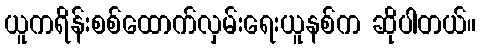
ယူကရိန်းစစ်ထောက်လှမ်းရေးယူနစ်က ဆိုပါတယ်။